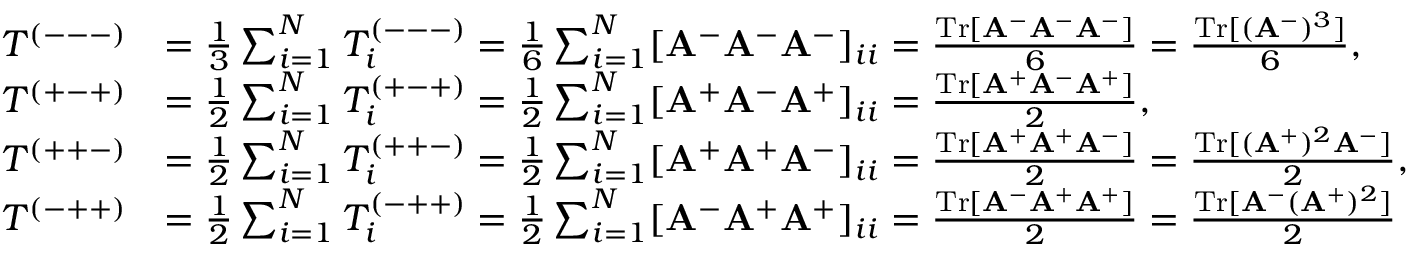
\begin{array} { r l } { T ^ { ( --- ) } } & { = \frac { 1 } { 3 } \sum _ { i = 1 } ^ { N } T _ { i } ^ { ( --- ) } = \frac { 1 } { 6 } \sum _ { i = 1 } ^ { N } [ \mathbf { A } ^ { - } \mathbf { A } ^ { - } \mathbf { A } ^ { - } ] _ { i i } = \frac { \mathrm { T r } [ \mathbf { A } ^ { - } \mathbf { A } ^ { - } \mathbf { A } ^ { - } ] } { 6 } = \frac { \mathrm { T r } [ ( \mathbf { A } ^ { - } ) ^ { 3 } ] } { 6 } , } \\ { T ^ { ( + - + ) } } & { = \frac { 1 } { 2 } \sum _ { i = 1 } ^ { N } T _ { i } ^ { ( + - + ) } = \frac { 1 } { 2 } \sum _ { i = 1 } ^ { N } [ \mathbf { A } ^ { + } \mathbf { A } ^ { - } \mathbf { A } ^ { + } ] _ { i i } = \frac { \mathrm { T r } [ \mathbf { A } ^ { + } \mathbf { A } ^ { - } \mathbf { A } ^ { + } ] } { 2 } , } \\ { T ^ { ( + + - ) } } & { = \frac { 1 } { 2 } \sum _ { i = 1 } ^ { N } T _ { i } ^ { ( + + - ) } = \frac { 1 } { 2 } \sum _ { i = 1 } ^ { N } [ \mathbf { A } ^ { + } \mathbf { A } ^ { + } \mathbf { A } ^ { - } ] _ { i i } = \frac { \mathrm { T r } [ \mathbf { A } ^ { + } \mathbf { A } ^ { + } \mathbf { A } ^ { - } ] } { 2 } = \frac { \mathrm { T r } [ ( \mathbf { A } ^ { + } ) ^ { 2 } \mathbf { A } ^ { - } ] } { 2 } , } \\ { T ^ { ( - + + ) } } & { = \frac { 1 } { 2 } \sum _ { i = 1 } ^ { N } T _ { i } ^ { ( - + + ) } = \frac { 1 } { 2 } \sum _ { i = 1 } ^ { N } [ \mathbf { A } ^ { - } \mathbf { A } ^ { + } \mathbf { A } ^ { + } ] _ { i i } = \frac { \mathrm { T r } [ \mathbf { A } ^ { - } \mathbf { A } ^ { + } \mathbf { A } ^ { + } ] } { 2 } = \frac { \mathrm { T r } [ \mathbf { A } ^ { - } ( \mathbf { A } ^ { + } ) ^ { 2 } ] } { 2 } } \end{array}